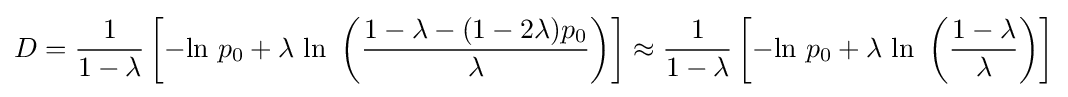
D={\frac {1}{1-\lambda }}\left[-{\mbox{ln }}p_{0}+\lambda {\mbox{ ln }}\left({\frac {1-\lambda -(1-2\lambda )p_{0}}{\lambda }}\right)\right]\approx {\frac {1}{1-\lambda }}\left[-{\mbox{ln }}p_{0}+\lambda {\mbox{ ln }}\left({\frac {1-\lambda }{\lambda }}\right)\right]